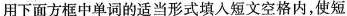
用下面方框中单词的适当形式填入短文空格内,使短